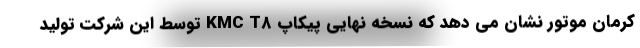
کرمان موتور نشان می دهد که نسخه نهایی پیکاپ KMC T8 توسط این شرکت تولید